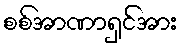
စစ်အာဏာရှင်အား